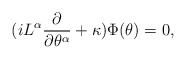
\begin{align*}(iL^{\alpha}{\partial\over\partial\theta^{\alpha}}+\kappa)\Phi(\theta)=0,\end{align*}